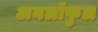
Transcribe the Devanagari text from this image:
अनलॉफुल